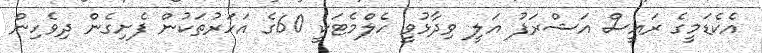
އެކެޑަމީގެ ރައީސް އަޝްރަފު އަލީ ވިދާޅުވީ ހެލްމެޓަކީ 60ގެ އަހަރުތަކުން ފެށިގެން ދިވެހިން